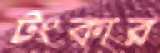
টংকার